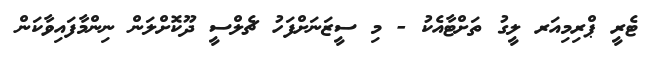
ޓެރީ ޕްރިމިއަރ ލީގު ތަށްޓާއެކު - މި ސީޒަނަށްފަހު ޗެލްސީ ދޫކޮށްލަން ނިންމާފައިވާކަން